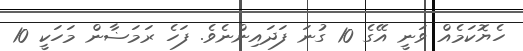
ހެޔޮކަމެއް ވަނީ އޭގެ 10 ގުނަ ފަދައިންނެވެ. ފަހެ ރަމަޟާން މަހަކީ 10